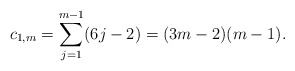
\begin{align*} c_{1,m}=\sum_{j=1}^{m-1}(6j-2)=(3m-2)(m-1).\end{align*}